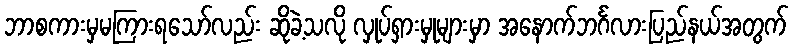
ဘာစကားမှမကြားရသော်လည်း ဆိုခဲ့သလို လှုပ်ရှားမှုများမှာ အနောက်ဘင်္ဂလားပြည်နယ်အတွက်